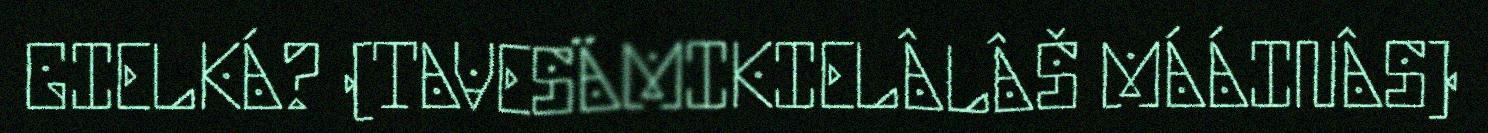
GIELKÁ? (TAVESÄMIKIELÂLÂŠ MÁÁINÂS)